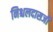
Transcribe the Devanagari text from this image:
निश्चलदासजी